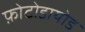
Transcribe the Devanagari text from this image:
फ़ोटोडायोड